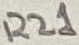
Text: R21